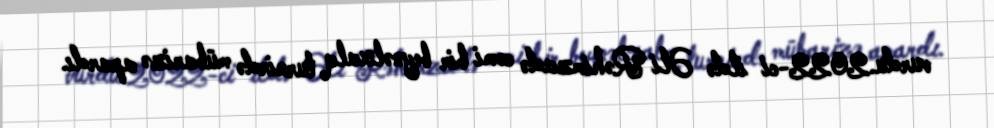
vurdu.2022-ci ildə Əli Rəhimzadə cəmi bir beynəlxalq turnirdə mübarizə apardı.